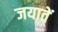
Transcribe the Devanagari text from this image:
जयातें